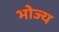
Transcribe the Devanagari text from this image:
भोज्‍य